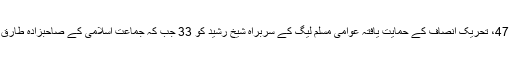
پیپلز پارٹی کے نوید قمر نے 47، تحریک انصاف کے حمایت یافتہ عوامی مسلم لیگ کے سربراہ شیخ رشید کو 33 جب کہ جماعتِ اسلامی کے صاحبزادہ طارق اللہ نے 4 ووٹ حاصل کیے۔